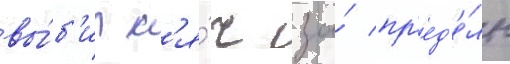
вы́б'ил м'я́ч за́ пр'ед'е́лы